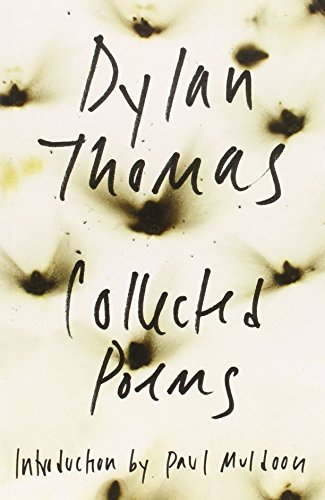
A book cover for The Collected Poems of Dylan Thomas: The Original Edition; Dylan Thomas; Literature & Fiction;